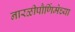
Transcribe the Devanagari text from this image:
नारळीपौर्णिमेच्या